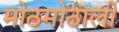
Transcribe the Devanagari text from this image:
मोठमोठाली